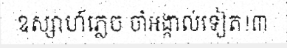
ឧស្សាហ៍ភ្លេច ចាំអង្កាល់ទៀត!៣